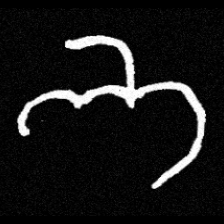
Pyu character \u2014 Myanmar letter: ဘ (romanized: bha)